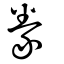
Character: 豢